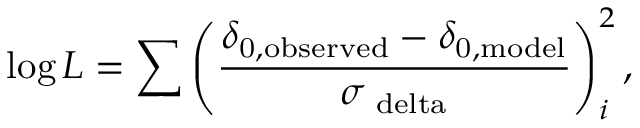
\log L = \sum \left( \frac { \delta _ { \mathrm { 0 , o b s e r v e d } } - \delta _ { \mathrm { 0 , m o d e l } } } { \sigma _ { \mathrm { \ d e l t a } } } \right) _ { i } ^ { 2 } ,